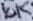
Text: 10K